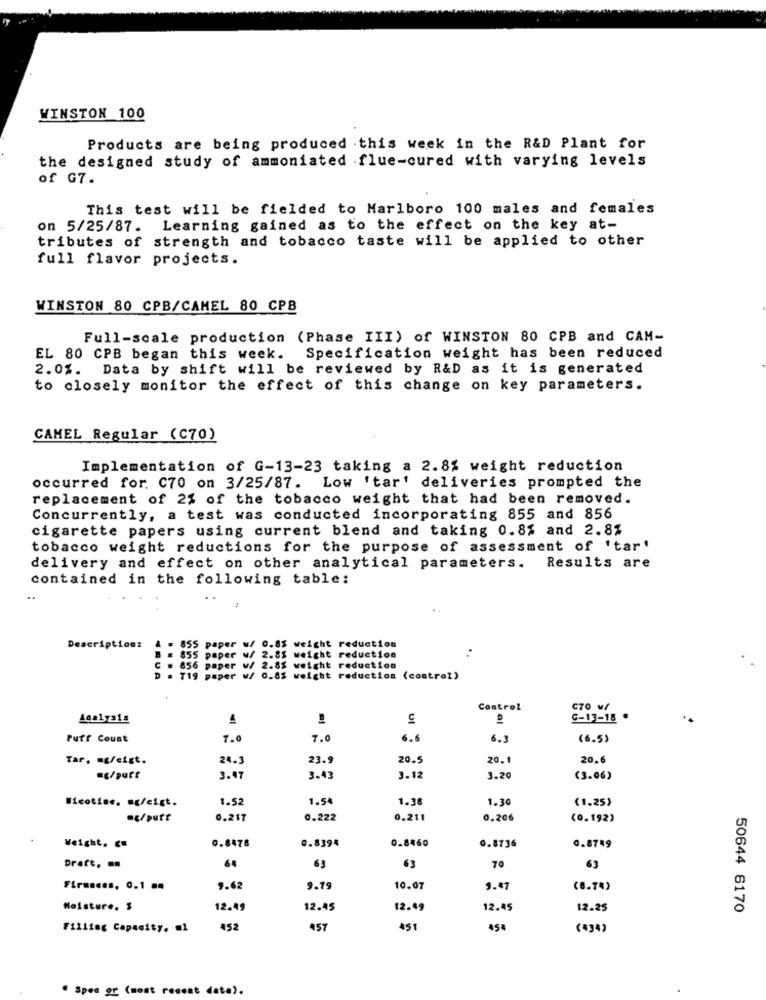
WINSTON 100
Products are being produced . this week in the R&D Plant for
the designed study of ammoniated flue-cured with varying levels
of G7.
This test will be fielded to Marlboro 100 males and females
on 5/25/87. Learning gained as to the effect on the key at-
tributes of strength and tobacco taste will be applied to other
full flavor projects.
WINSTON 80 CPB/CAMEL 80 CPB
Full-scale production (Phase III) of WINSTON 80 CPB and CAM-
EL 80 CPB began this week.
Specification weight has been reduced
2.0%. Data by shift will be reviewed by R&D as it is generated
to closely monitor the effect of this change on key parameters.
CAMEL Regular (C70)
Implementation of G-13-23 taking a 2.8% weight reduction
occurred for. C70 on 3/25/87. Low 'tar' deliveries prompted the
replacement of 2% of the tobacco weight that had been removed.
Concurrently, a test was conducted incorporating 855 and 856
cigarette papers using current blend and taking 0.8% and 2.8%
tobacco weight reductions for the purpose of assessment of 'tar'
delivery and effect on other analytical parameters. Results are
contained in the following table:
Description:
= 855 paper w/ 0.85 weight reduction
= 855 paper w/ 2.85 weight reduction
556 paper w/ 2.85 weight reduction
D = 719 paper w/ 0.8% weight reduction (control)
Control
C70 w/
1
G-13-18 .
Puff Count
7.0
7.0
6.6
6.3
(6.5)
Tar. mg/cigt.
24.3
23.
20.5
20.1
20.6
ag/purt
3.47
3.43
3.12
3.20
(3.06)
1.52
1.54
1.36
1.30
(1.25)
Nicotine. s/cigt.
.c/purt
0.217
0.222
0.211
0.206
(0.192)
Weight. C.
0.8460
0.8736
0.8478
G.8394
0.8749
64
Draft. .
63
63
70
63
Firmness, 0.1 ..
9.62
3.19
10.07
9.47
(8.7%)
Moisture. $
12.49
12.45
12.49
12.45
12.25
50644 6170
Filling Capacity. ml
452
457
451
454
(434)
. Spec or (most recent date).